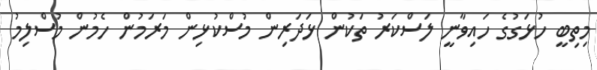
މިތިބީ ހުޅަގުގެ ހައިވާނީ ލަސްކަރު ތަކުން ޅަދަރިން މުސްކުޅިން މަރަމުން ހެމުން މުސްލިމު